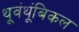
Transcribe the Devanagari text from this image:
थूवंथूंबिकल